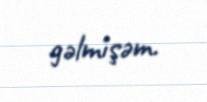
gəlmişəm.